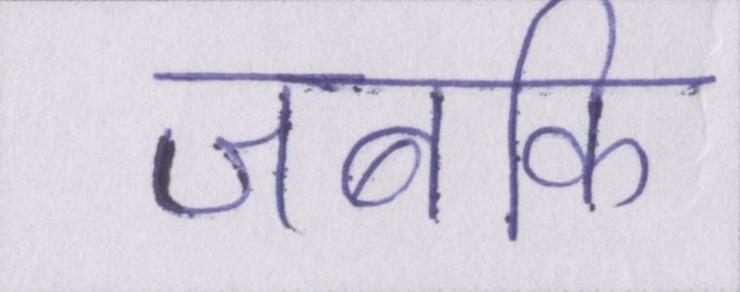
जबकि